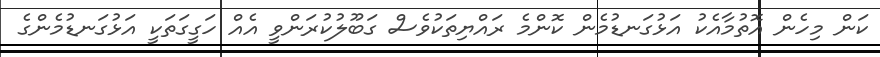
ކަން މިހެން އޮތުމާއެކު އަޅުގަނޑުމެން ކޮންމެ ރައްޔިތަކުވެސް ގަބޫލުކުރަންވީ އެއް ހަގީގަތަކީ އަޅުގަނޑުމެންގެ